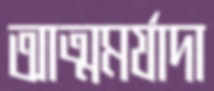
আত্মমর্যাদা